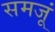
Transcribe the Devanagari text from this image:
समजूं